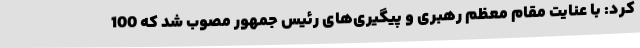
کرد: با عنایت مقام معظم رهبری و پیگیری‌های رئیس جمهور مصوب شد که 100